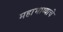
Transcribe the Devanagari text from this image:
महाभाष्याचे